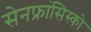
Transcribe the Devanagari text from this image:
सेनफ्रांसिस्को